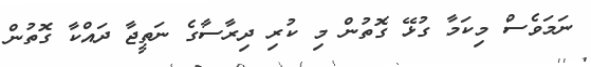
ނަމަވެސް މިކަމާ ގުޅޭ ގޮތުން މި ކުރި ދިރާސާގެ ނަތީޖާ ދައްކާ ގޮތުން